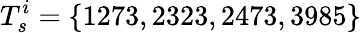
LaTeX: T_{s}^{i}=\{ 1273,2323,2473,3985\}